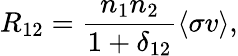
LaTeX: R_{12}=\frac{n_{1}n_{2}}{1+\delta_{12}}\langle\sigma v\rangle,